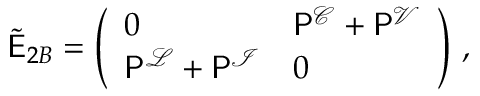
\begin{array} { r } { \tilde { \mathsf { E } } _ { 2 B } = \left( \begin{array} { l l } { 0 } & { \mathsf { P } ^ { \mathcal { C } } + \mathsf { P } ^ { \mathcal { V } } } \\ { \mathsf { P } ^ { \mathcal { L } } + \mathsf { P } ^ { \mathcal { I } } } & { 0 } \end{array} \right) \, , } \end{array}